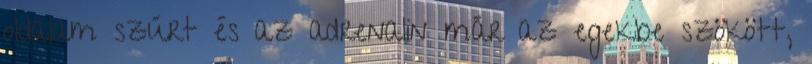
oldalam szúrt és az adrenalin már az egekbe szökött,